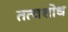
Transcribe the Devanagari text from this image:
तत्वशोध